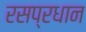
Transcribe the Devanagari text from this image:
रसप्रधान